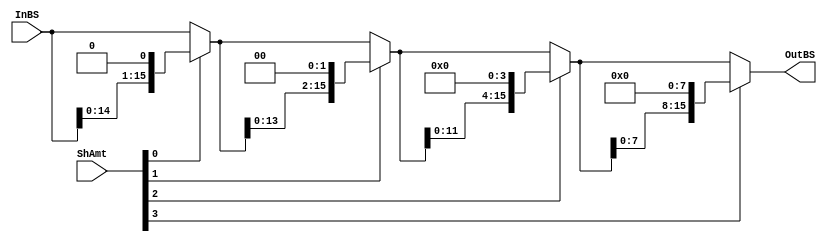
/*
 Shift Left modle for HW2 ECE 552
*/
`default_nettype none
module sl (InBS, ShAmt, OutBS);

   // declare constant for size of inputs, outputs, and # bits to shift
   parameter OPERAND_WIDTH = 16;
   parameter SHAMT_WIDTH   =  4;

   input wire [OPERAND_WIDTH -1:0] InBS;  // Input operand
   input wire [SHAMT_WIDTH   -1:0] ShAmt; // Amount to shift/rotate
   output wire [OPERAND_WIDTH -1:0] OutBS;  // Result of shift/rotate

   // intermediate wires
   wire [OPERAND_WIDTH -1:0] 	    sh0_result;
   wire [OPERAND_WIDTH -1:0] 	    sh1_result;
   wire [OPERAND_WIDTH -1:0] 	    sh2_result; 

   // Assign statements for each bit in shift amount to do proper shift
   assign sh0_result = ShAmt[0] ? InBS << 1 : InBS;
   assign sh1_result = ShAmt[1] ? sh0_result << 2 : sh0_result;
   assign sh2_result = ShAmt[2] ? sh1_result << 4 : sh1_result;
   assign OutBS = ShAmt[3] ? sh2_result << 8 : sh2_result; 

endmodule
`default_nettype wire